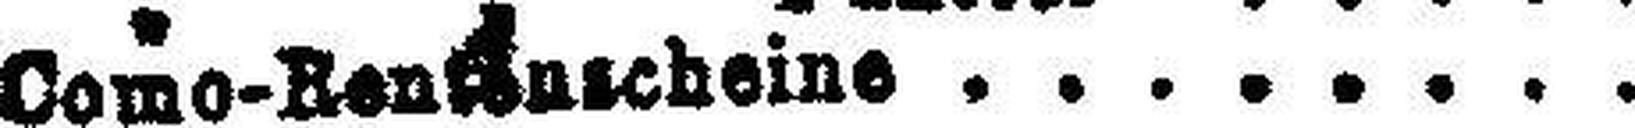
Como-Rent###uscheine